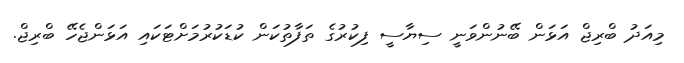
މިއަދު ބްރިޖް އަޅަން ބޭނުންވަނީ ސިޔާސީ ފިކުރުގެ ތަފާތުކަން ކުޑަކުރުމަށްޓަކައި އަޅަންޖެހޭ ބްރިޖް.